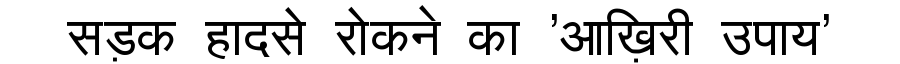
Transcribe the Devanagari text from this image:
सड़क हादसे रोकने का 'आख़िरी उपाय'